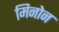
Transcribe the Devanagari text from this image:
मिनोन